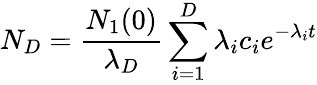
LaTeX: N_{D}={\frac{N_{1}(0)}{\lambda_{D}}}\sum_{i=1}^{D}\lambda_{i}c_{i}e^{-\lambda_{i}t}